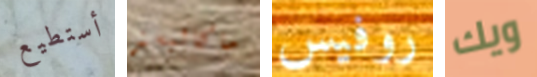
أستطيع ماكاليستر روفيس ويك